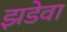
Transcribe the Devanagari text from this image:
झडेवा